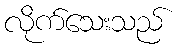
လိုက်သေးသည်